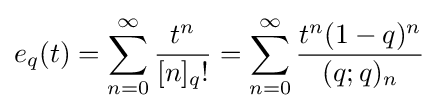
e_{q}(t)=\sum _{n=0}^{\infty }{\frac {t^{n}}{[n]_{q}!}}=\sum _{n=0}^{\infty }{\frac {t^{n}(1-q)^{n}}{(q;q)_{n}}}